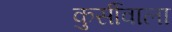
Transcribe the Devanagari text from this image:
कुर्सीवाला